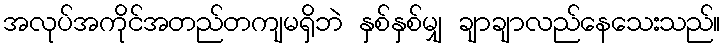
အလုပ်အကိုင်အတည်တကျမရှိဘဲ နှစ်နှစ်မျှ ချာချာလည်နေသေးသည်။